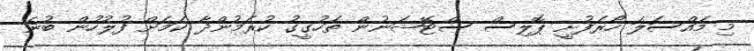
މި މައްސަލަ ހޯރަފުށީ ޕޮލިސް ސްޓޭޝަނުން ތަހުގީގު ކުރަމުންދާ ކަމަށް ފުލުހުން ބުނެ